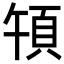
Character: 𩑤